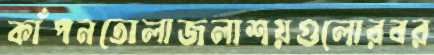
কাঁপনতোলাজলাশয়গুলোরবর